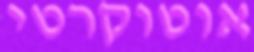
אוטוקרטי